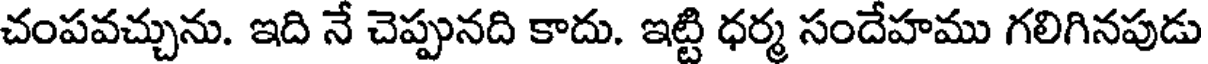
చంపవచ్చును. ఇది నే చెప్పునది కాదు. ఇట్టి ధర్మ సందేహము గలిగినపుడు